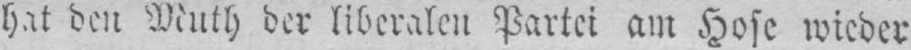
hat den Muth der liberalen Partei am Hose wieder